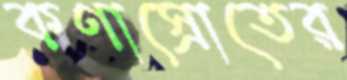
কণাস্রোতের